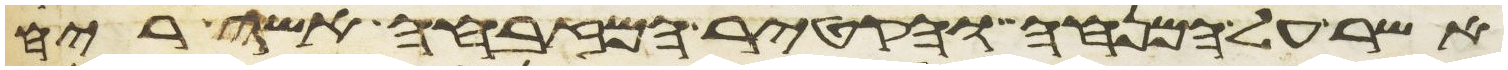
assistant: אשר על המנחה והקטיר המזבחה אשה ריח